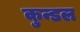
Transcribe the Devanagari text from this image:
कुन्डल